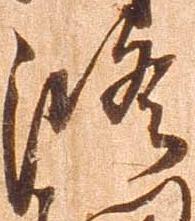
修